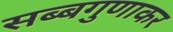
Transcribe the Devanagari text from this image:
सब्बगुणाकर